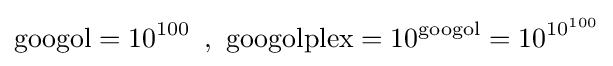
\mathrm {googol} =10^{100}\,\ ,\ \mathrm {googolplex} =10^{\mathrm {googol} }=10^{10^{100}}